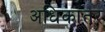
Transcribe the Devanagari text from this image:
अधिकातर